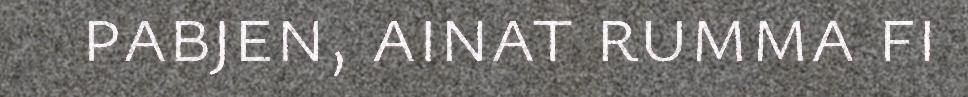
pabjen, ainat rumma fi